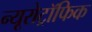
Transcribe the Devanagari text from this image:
न्यूरोट्रॉफिक